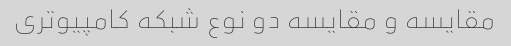
مقایسه و مقایسه دو نوع شبکه کامپیوتری